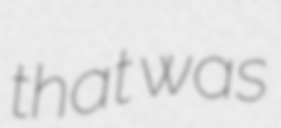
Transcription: that was